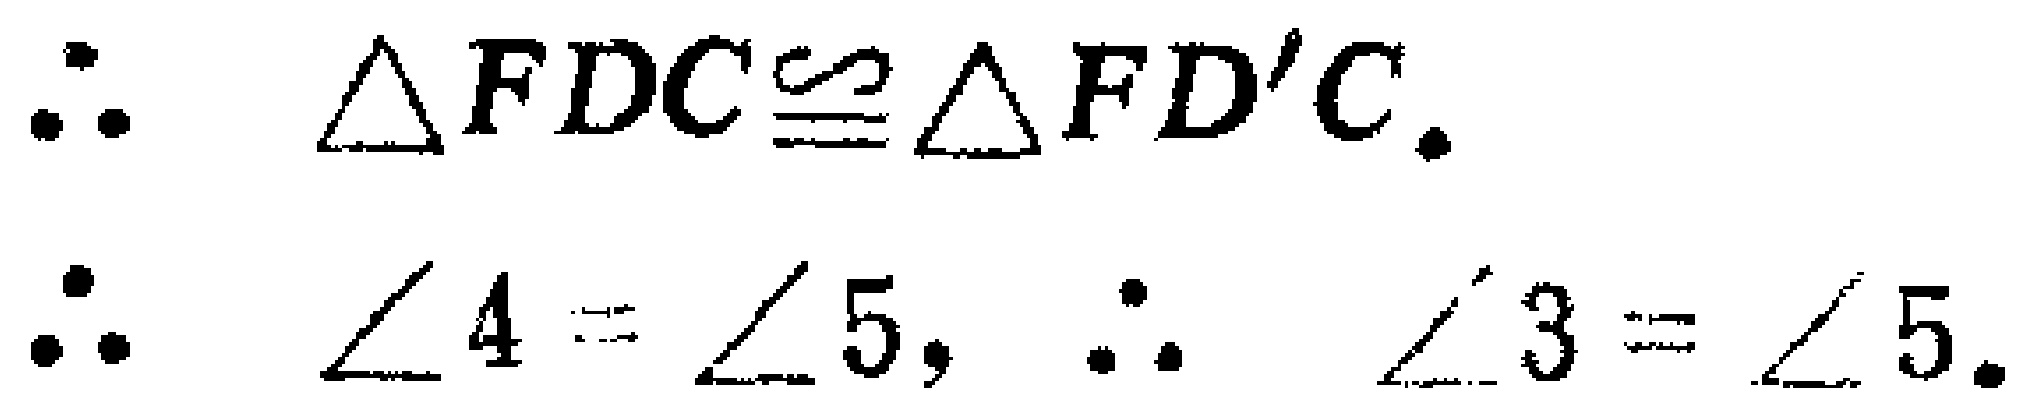
\(\therefore \triangle FDC\cong\triangle FD'C.\)

\(\therefore \angle 4 = \angle 5, \therefore \angle 3 = \angle 5.\)